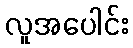
လူအပေါင်း